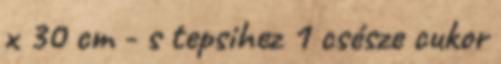
x 30 cm - s tepsihez 1 csésze cukor